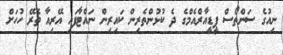
ނިއުގެ ސަންތޯސް ޕީޑީއާރްއެމްގެ ދެ ކުޅުންތެރިން ކައިރިން ނައްޓާފައި އޭރިއާ ތެރޭ ހުހަށް